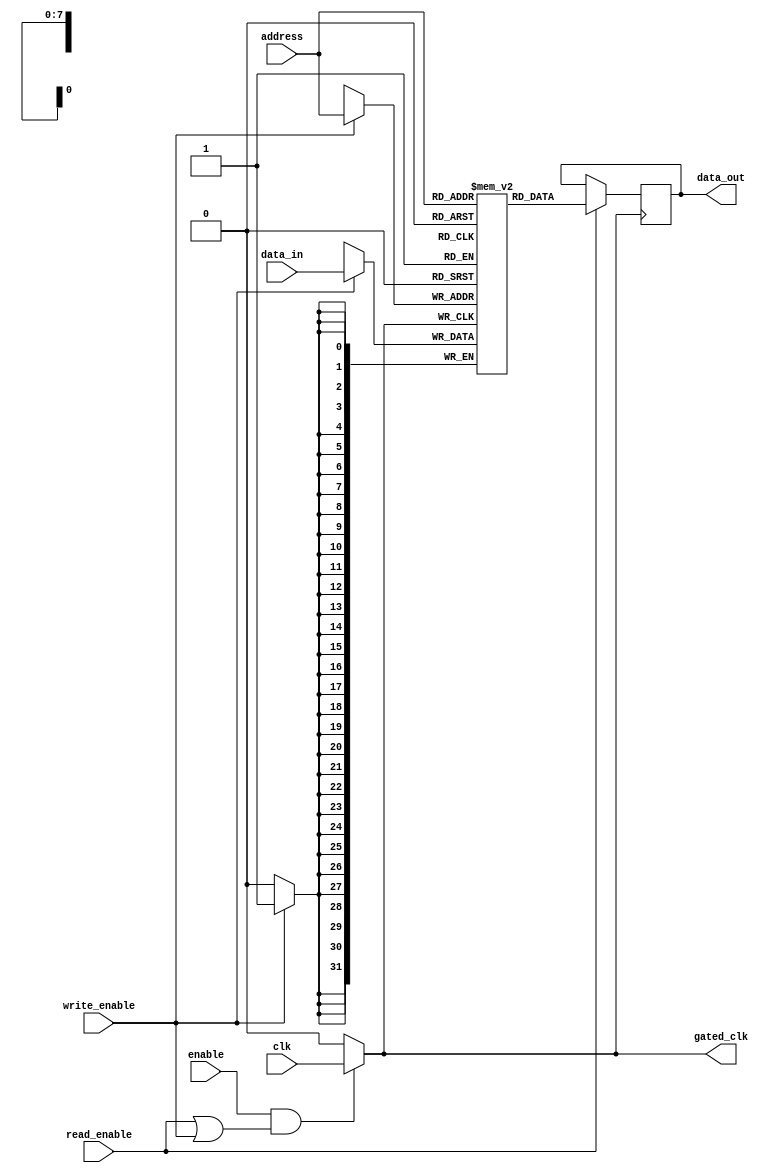
module conditional_clock_gating (
    input wire clk,                // Master clock input
    input wire enable,             // Control signal to enable memory block
    input wire read_enable,        // Control signal for read operation
    input wire write_enable,       // Control signal for write operation
    input wire [7:0] address,      // Address input for memory access
    input wire [31:0] data_in,     // Data input for write operation
    output reg [31:0] data_out,    // Data output for read operation
    output reg gated_clk           // Gated clock output
);

    // Memory array (for example, 256 x 32 bits)
    reg [31:0] memory [0:255];

    // Clock gating logic
    always @(*) begin
        // Gated clock is enabled when the memory block is active (read or write)
        if (enable && (read_enable || write_enable)) begin
            gated_clk = clk; // Pass the master clock
        end else begin
            gated_clk = 1'b0; // Disable the clock
        end
    end

    // Memory operation logic
    always @(posedge gated_clk) begin
        if (write_enable) begin
            memory[address] <= data_in; // Write data to memory
        end
        if (read_enable) begin
            data_out <= memory[address]; // Read data from memory
        end
    end

endmodule